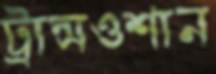
ট্রান্সওশান